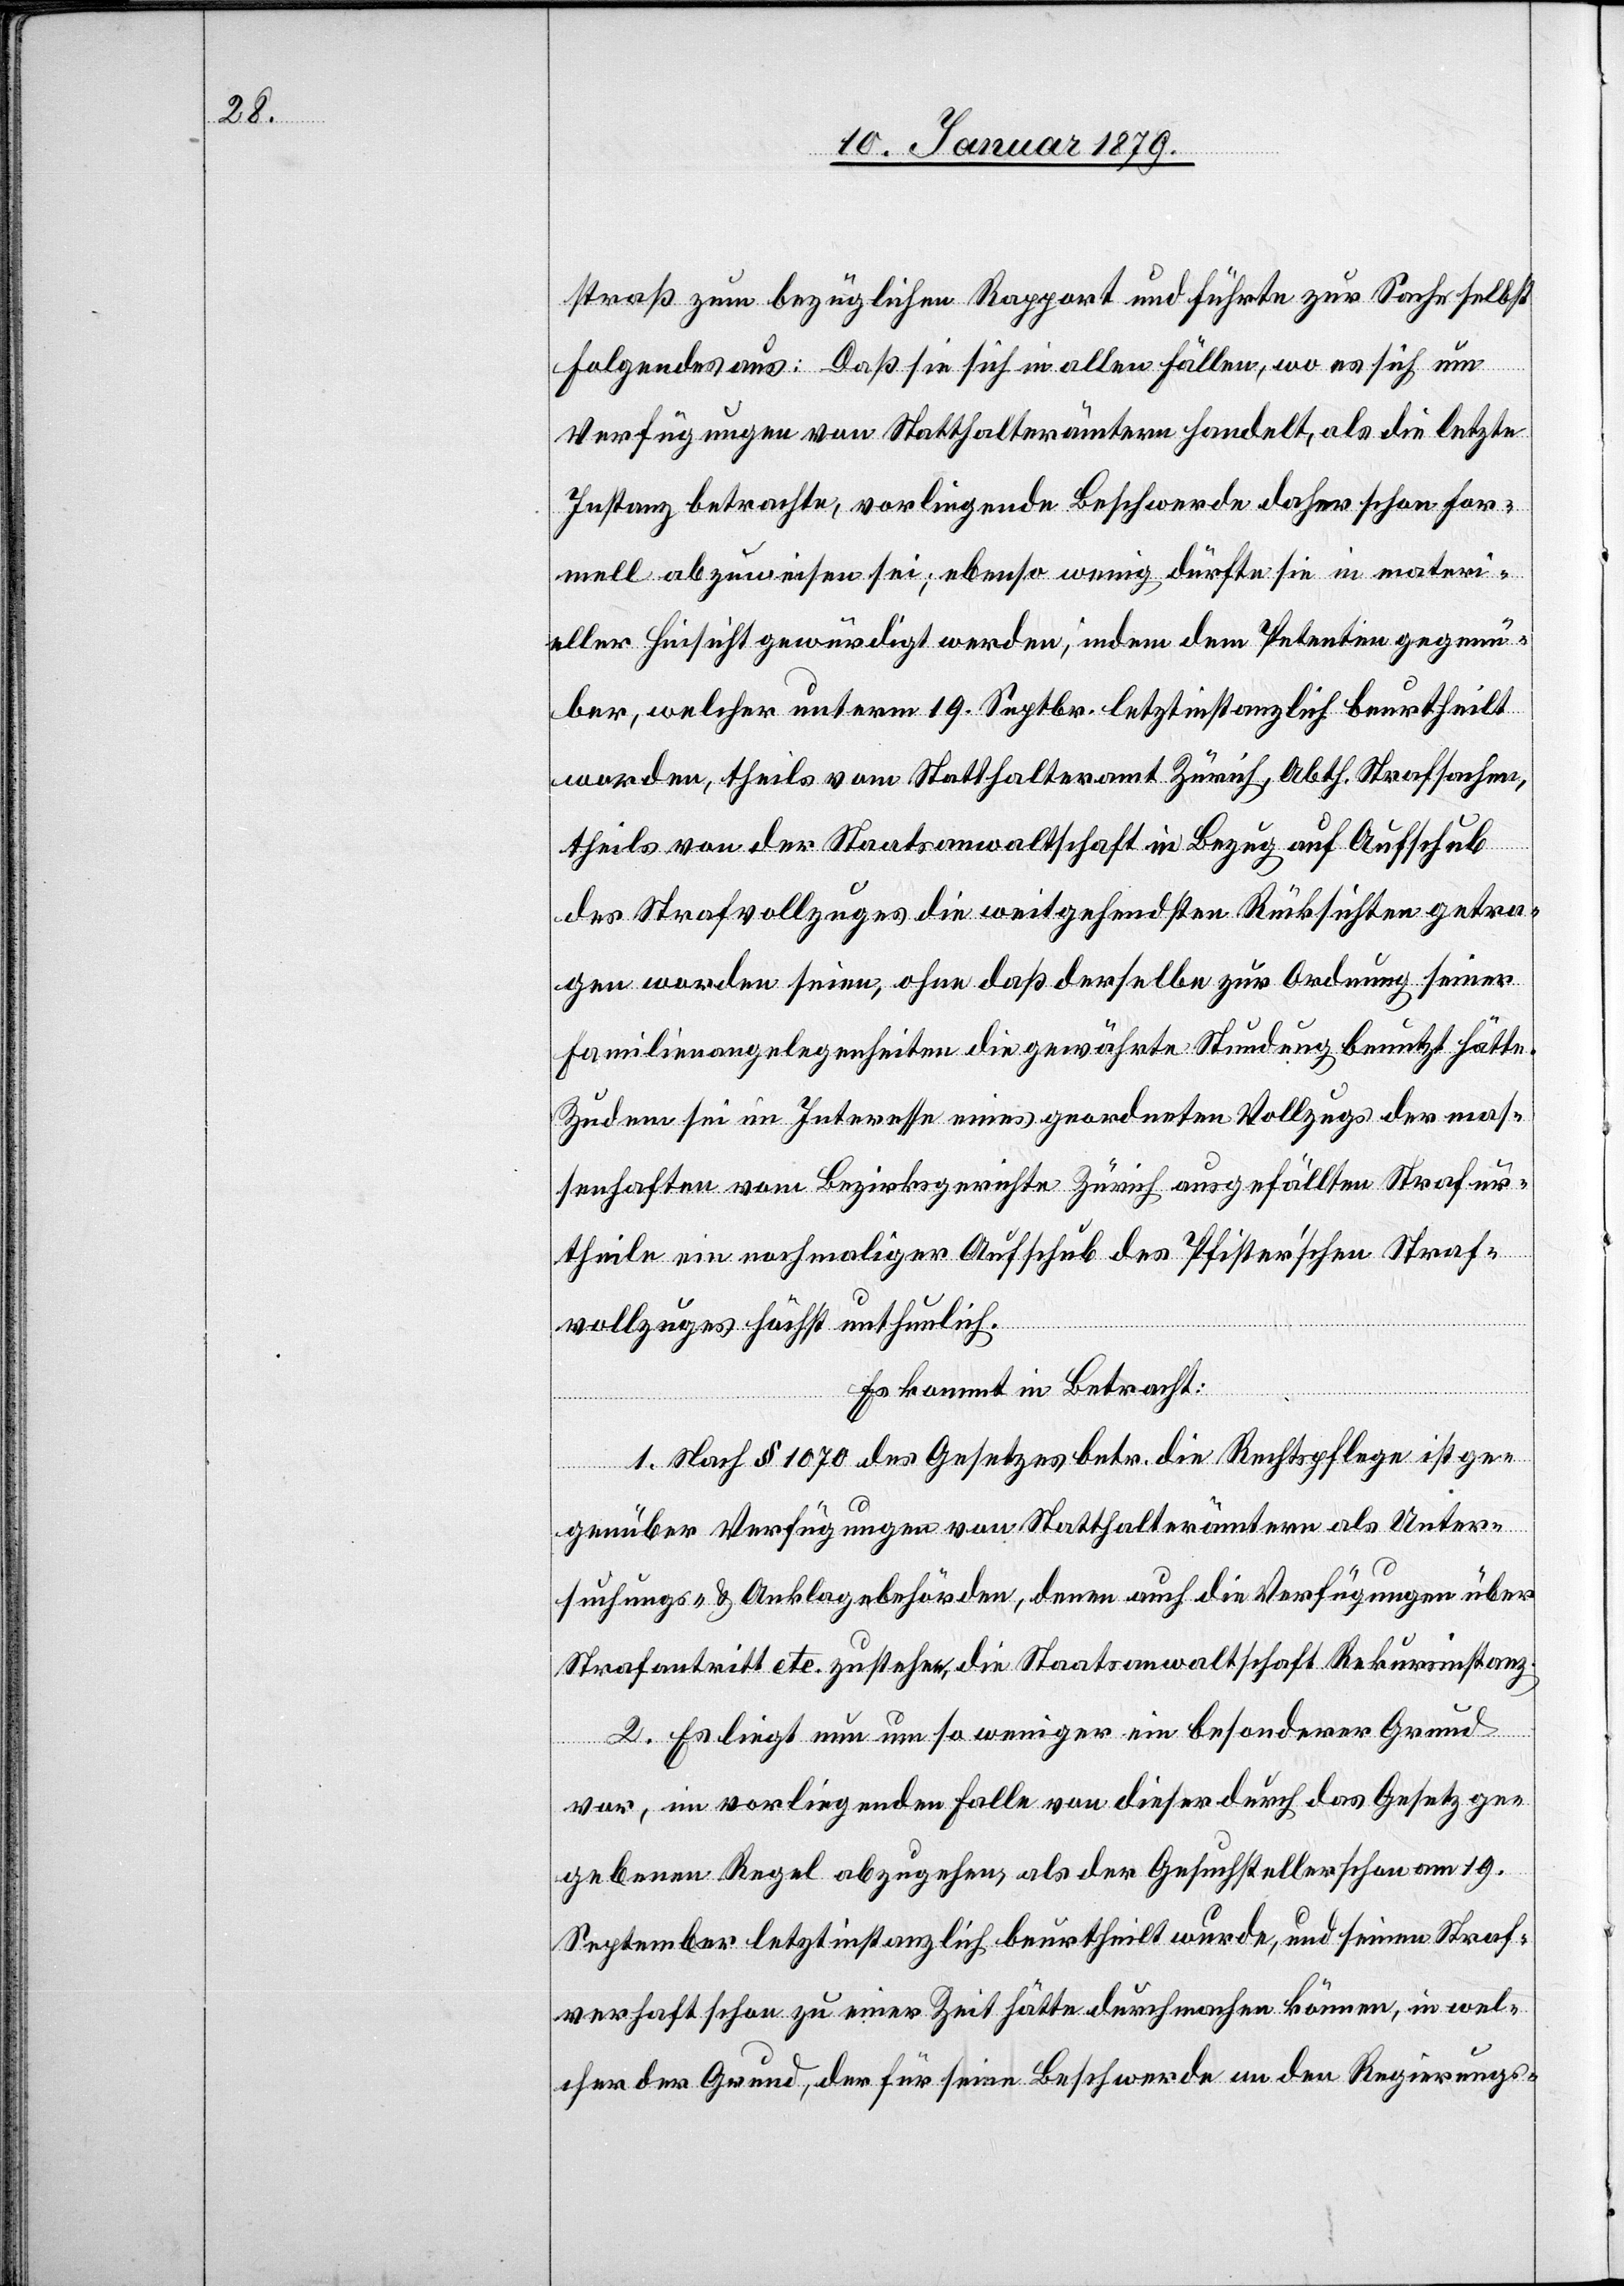
straß zum bezüglichen Rapport und führte zur Sache selbst
Folgendes aus: Daß sie sich in allen Fällen, wo es sich um
Verfügungen von Statthalterämtern handelt, als die letzte
Instanz betrachte, vorliegende Beschwerde daher schon for¬
mell abzuweisen sei; ebenso wenig dürfte sie in materi¬
eller Hinsicht gewürdigt werden, indem dem Petenten gegenü¬
ber, welcher unterm 19. Septbr. letztinstanzlich beurtheilt
worden, theils vom Statthalteramt Zürich, Abth. Strafsachen,
theils von der Staatsanwaltschaft in Bezug auf Aufschub
des Strafvollzuges die weitgehendsten Rücksichten getra¬
gen worden seien, ohne daß derselbe zur Ordnung seiner
Familienangelegenheiten die gewährte Stundung benutzt hätte.
Zudem sei im Interesse eines geordneten Vollzugs der mas¬
senhaften vom Bezirksgerichte Zürich ausgefällten Strafur¬
theile ein nochmaliger Aufschub des Pfister’schen Straf¬
vollzuges höchst unthunlich.
Es kommt in Betracht:
1. Nach § 1070 des Gesetzes betr. die Rechtspflege ist ge¬
genüber Verfügungen von Statthalterämtern als Unter¬
suchungs- & Anklagebehörden, denen auch die Verfügungen über
Strafantritt etc. zustehen, die Staatsanwaltschaft Rekursinstanz.
2. Es liegt nun um so weniger ein besonderer Grund
vor, im vorliegenden Falle von dieser durch das Gesetz ge¬
gebenen Regel abzugehen, als der Gesuchsteller schon am 19.
September letztinstanzlich beurtheilt wurde, und seinen Straf¬
verhaft schon zu einer Zeit hätte durchmachen können, in wel¬
cher der Grund, der für seine Beschwerde an den Regierungs-